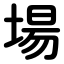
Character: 場